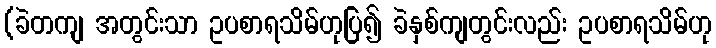
(ခဲတကျ အတွင်းသာ ဥပစာရသိမ်ဟုပြ၍ ခဲနှစ်ကျတွင်းလည်း ဥပစာရသိမ်ဟု